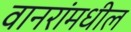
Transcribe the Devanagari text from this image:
वानरांमधील